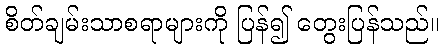
စိတ်ချမ်းသာစရာများကို ပြန်၍ တွေးပြန်သည်။